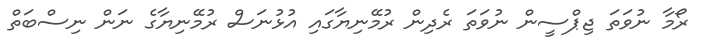
ރޯމާ ނުވަތަ ޖިޕްސީން ނުވަތަ ރެދިން ރުމޭނިޔާގައި އުޅުނަސް ރުމޭނިޔާގެ ނަން ނިސްބަތް